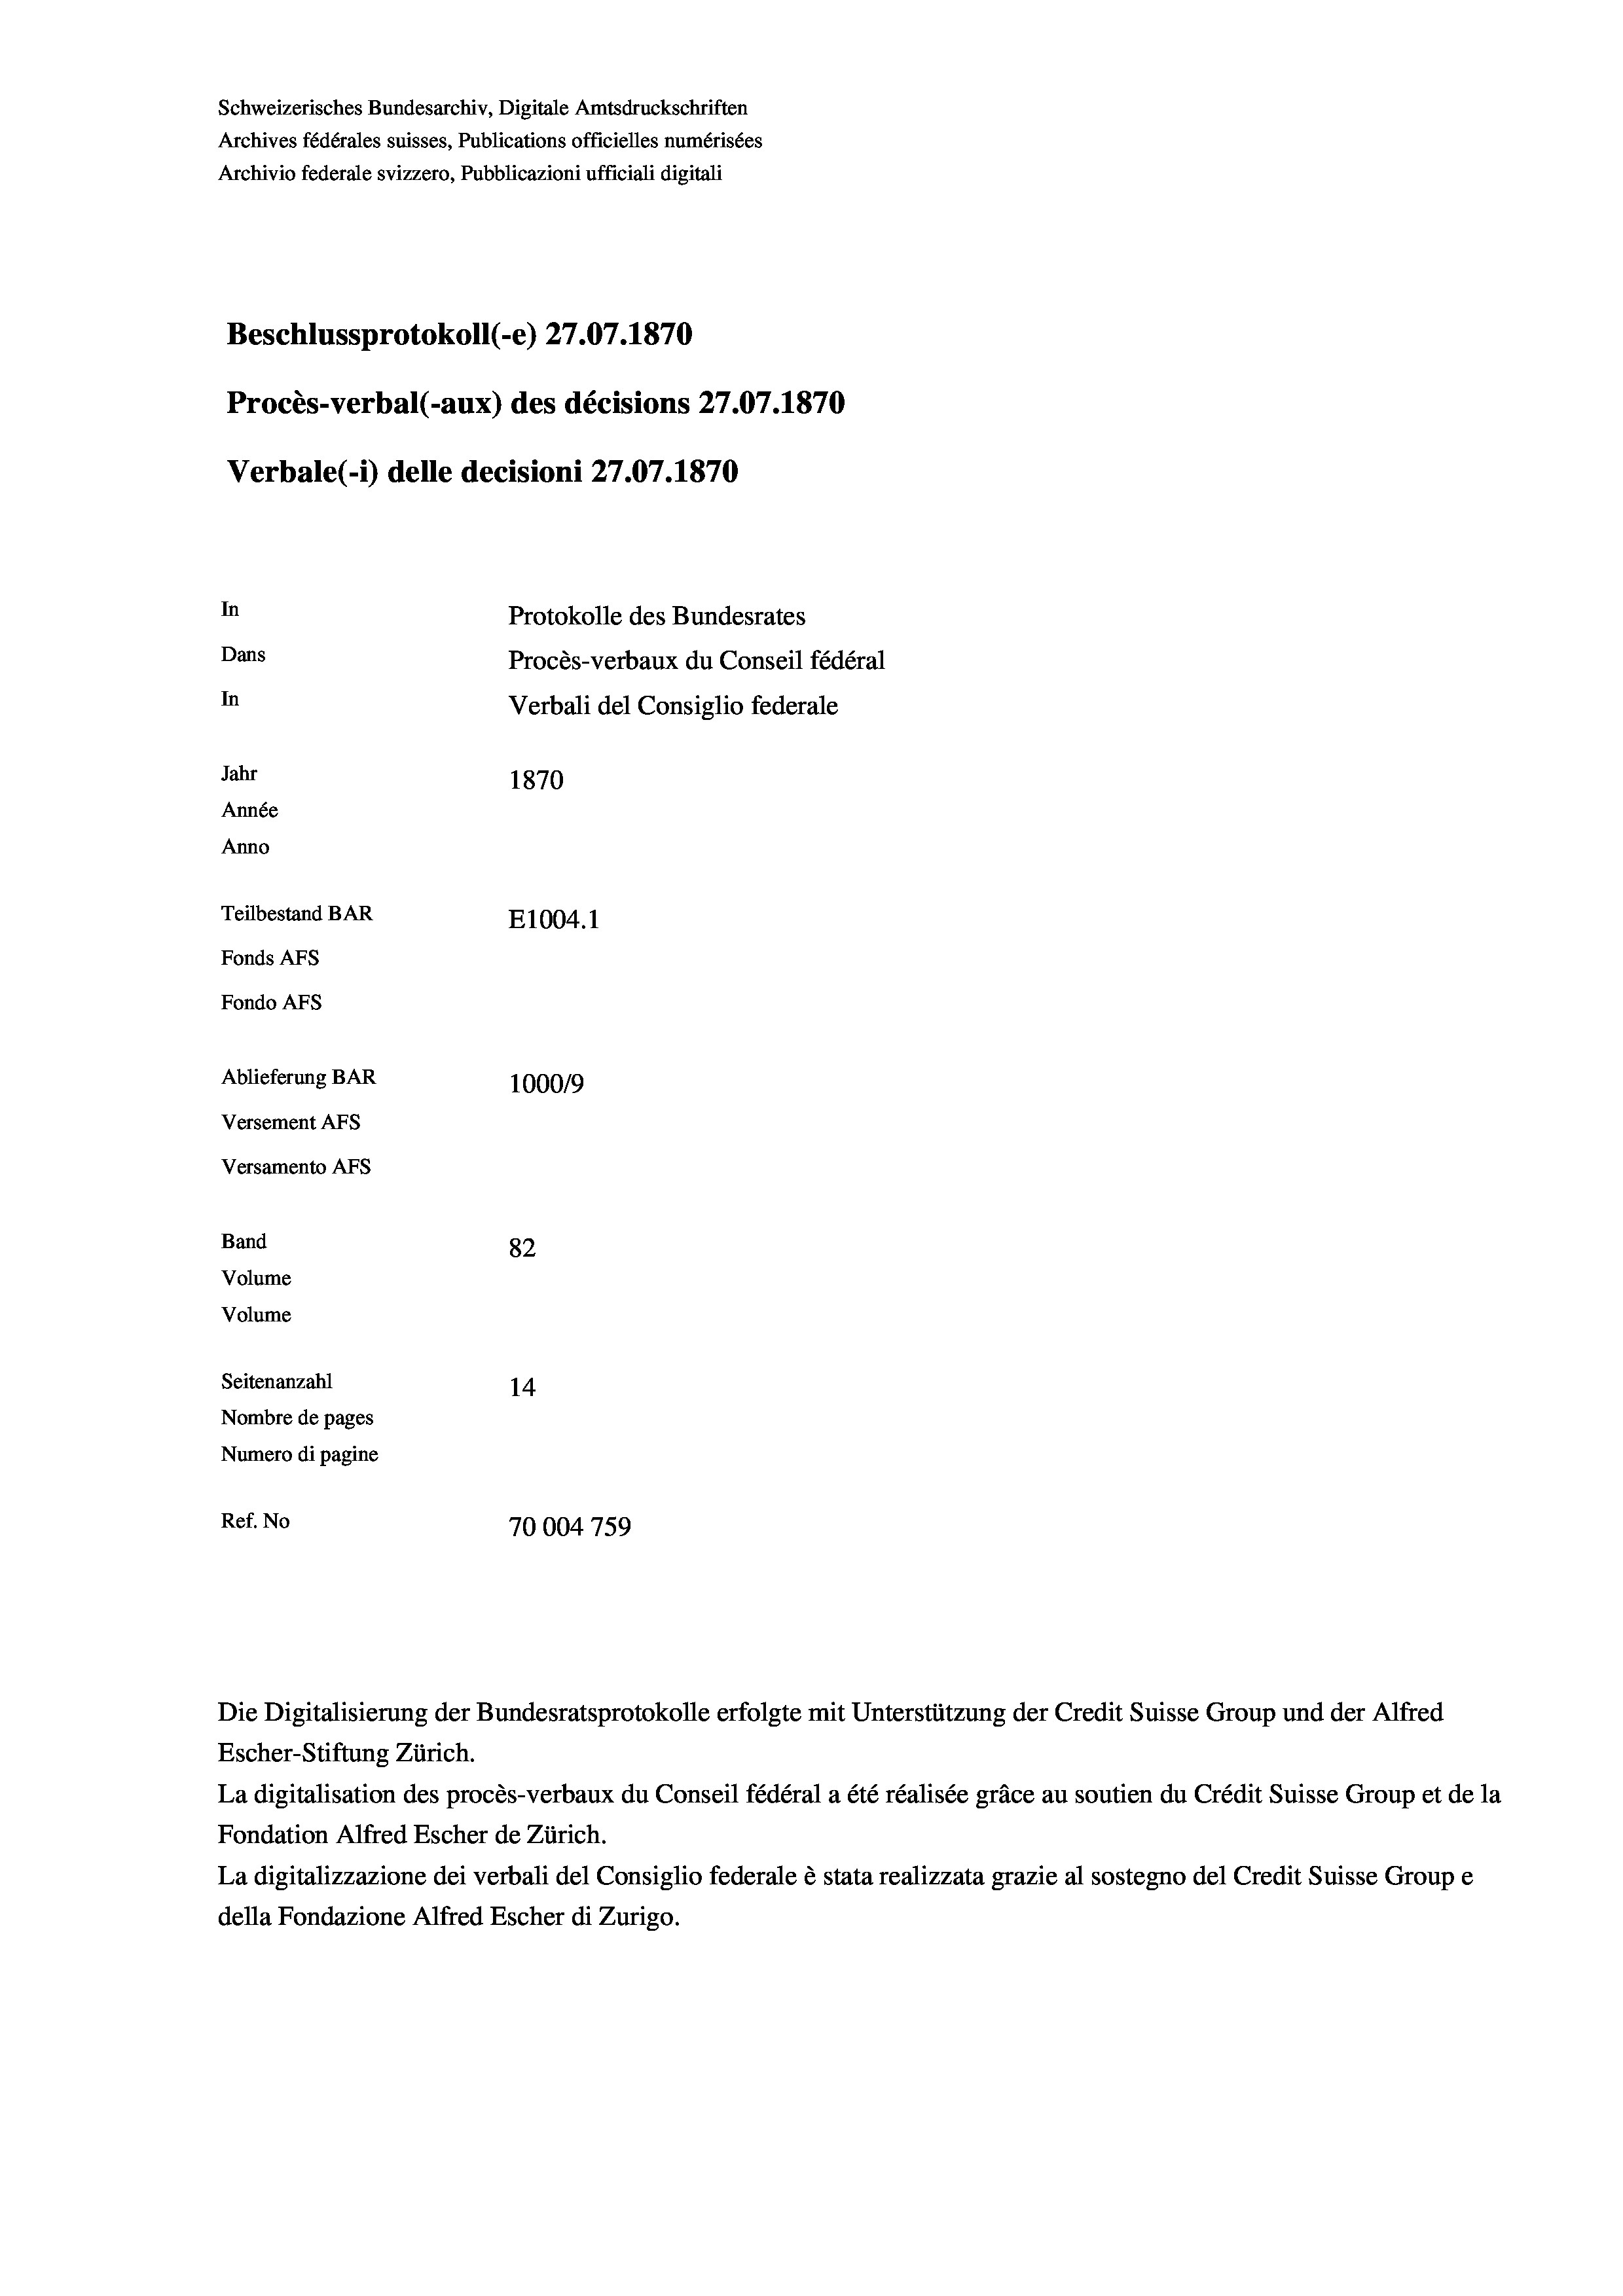
Schweizerisches Bundesarchiv, Digitale Amtsdruckschriften
Archives fédérales suisses, Publications officielles numérisées
Archivio federale svizzero, Pubblicazioni ufficiali digitali
Beschlussprotokoll (-e) 27.07. 1870
Procès-verbal (-aux) des décisions 27.07.1870
Verbale (1) delle decisioni 27.07. 1870
In
Protokolle des Bundesrates
Dans
Procès-verbaux du Conseil fédéral
In
Verbali del Consiglio federale
Jahr
1870
Année
Anno
Teilbestand BAR
E1004.1
Fonds AFs
Fondo AFs
Ablieferung BAR
1000/9
Versement Abs
Versamento Afs
Band
82
Volume
Volume

Seitenanzahl
14
Nombre de pages
Numero di pagine
Ref. No
70004759

Escher-Stiftung Zürich.
La digitalisation des procès-verbaux du Conseil fédéral a été réalisée gräce au soutien du Crédit Suisse Group et de la
Fondation Alfred Escher de Zürich.
La digitalizzazione dei verbali del Consiglio federale è stata realizzata grazie al sostegno del Credit Suisse Groupe
della Fondazione Alfred Escher di Zurigo.

Die Digitalisierung der Bundesratsprotokolle erfolgte mit Unterstützung der Credit Suisse Group und der Alfred